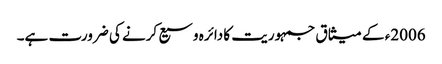
2006ء کے میثاق جمہوریت کا دائرہ وسیع کرنے کی ضرورت ہے۔